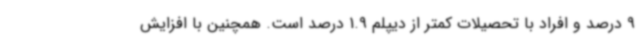
9 درصد و افراد با تحصیلات کمتر از دیپلم 1.9 درصد است. همچنین با افزایش